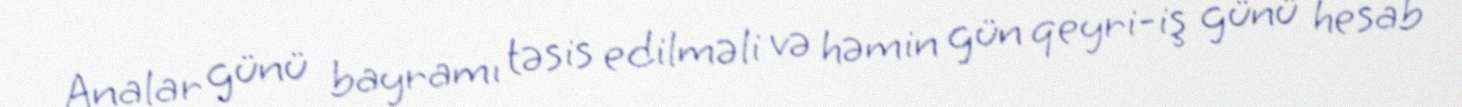
Analar günü bayramı təsis edilməli və həmin gün qeyri-iş günü hesab